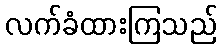
လက်ခံထားကြသည်